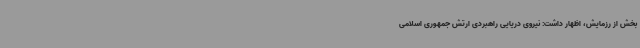
بخش از رزمایش، اظهار داشت: نیروی دریایی راهبردی ارتش جمهوری اسلامی